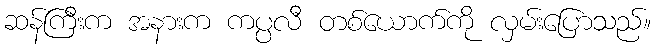
ဆန်ကြီးက အနားက ကပ္ပလီ တစ်ယောက်ကို လှမ်းပြောသည်။